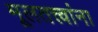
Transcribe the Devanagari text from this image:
मूलतत्त्वांना